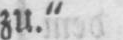
zu.“